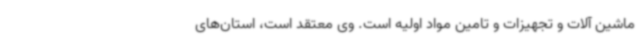
ماشین آلات و تجهیزات و تامین مواد اولیه است. وی معتقد است، استان‌های